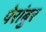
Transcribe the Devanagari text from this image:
पेरांबुर